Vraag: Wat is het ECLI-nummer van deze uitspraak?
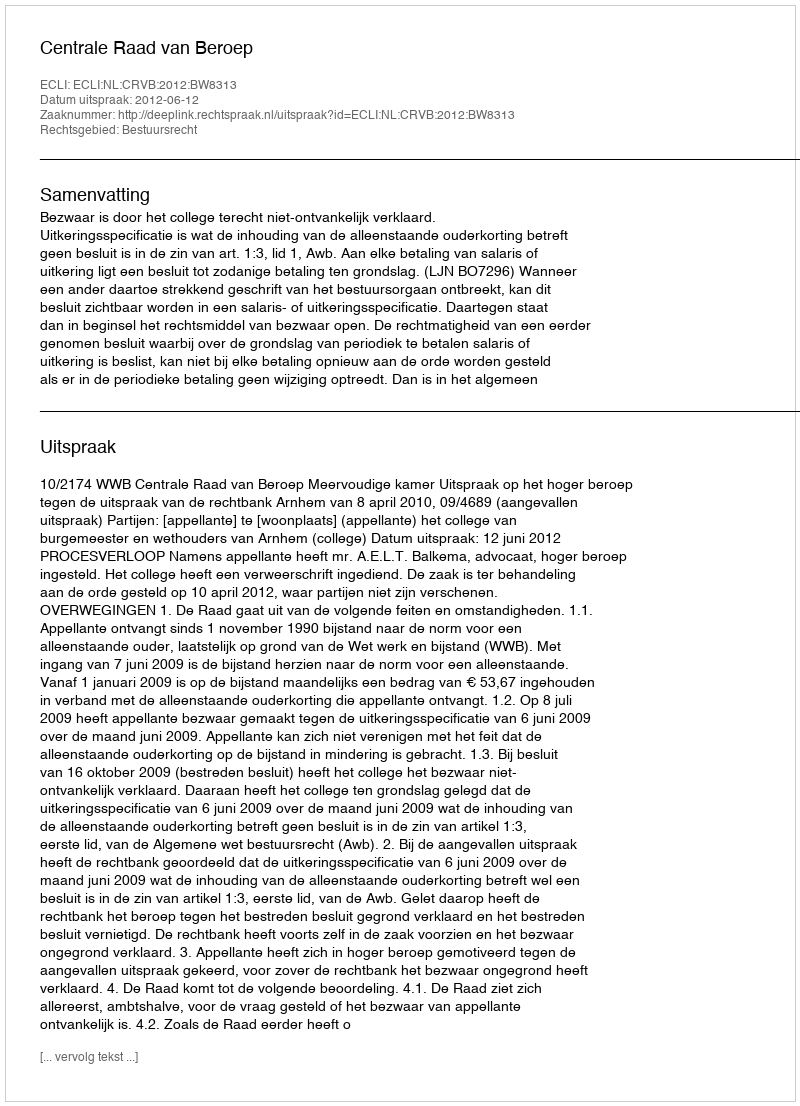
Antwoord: ECLI:NL:CRVB:2012:BW8313